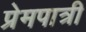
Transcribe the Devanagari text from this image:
प्रेमपात्री